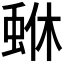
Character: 𮔏